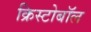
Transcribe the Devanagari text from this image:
क्रिस्टोबॉल